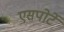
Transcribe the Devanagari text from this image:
एसपोर्टे